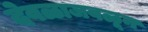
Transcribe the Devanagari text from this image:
देवळाजवळून